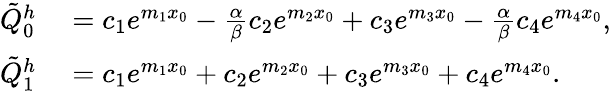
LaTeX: \begin{array}{rl}{\tilde{Q}_{0}^{h}}&{{}=c_{1}e^{m_{1}x_{0}}-\frac{\alpha}{\beta}c_{2}e^{m_{2}x_{0}}+c_{3}e^{m_{3}x_{0}}-\frac{\alpha}{\beta}c_{4}e^{m_{4}x_{0}},}\\ {\tilde{Q}_{1}^{h}}&{{}=c_{1}e^{m_{1}x_{0}}+c_{2}e^{m_{2}x_{0}}+c_{3}e^{m_{3}x_{0}}+c_{4}e^{m_{4}x_{0}}.}\end{array}